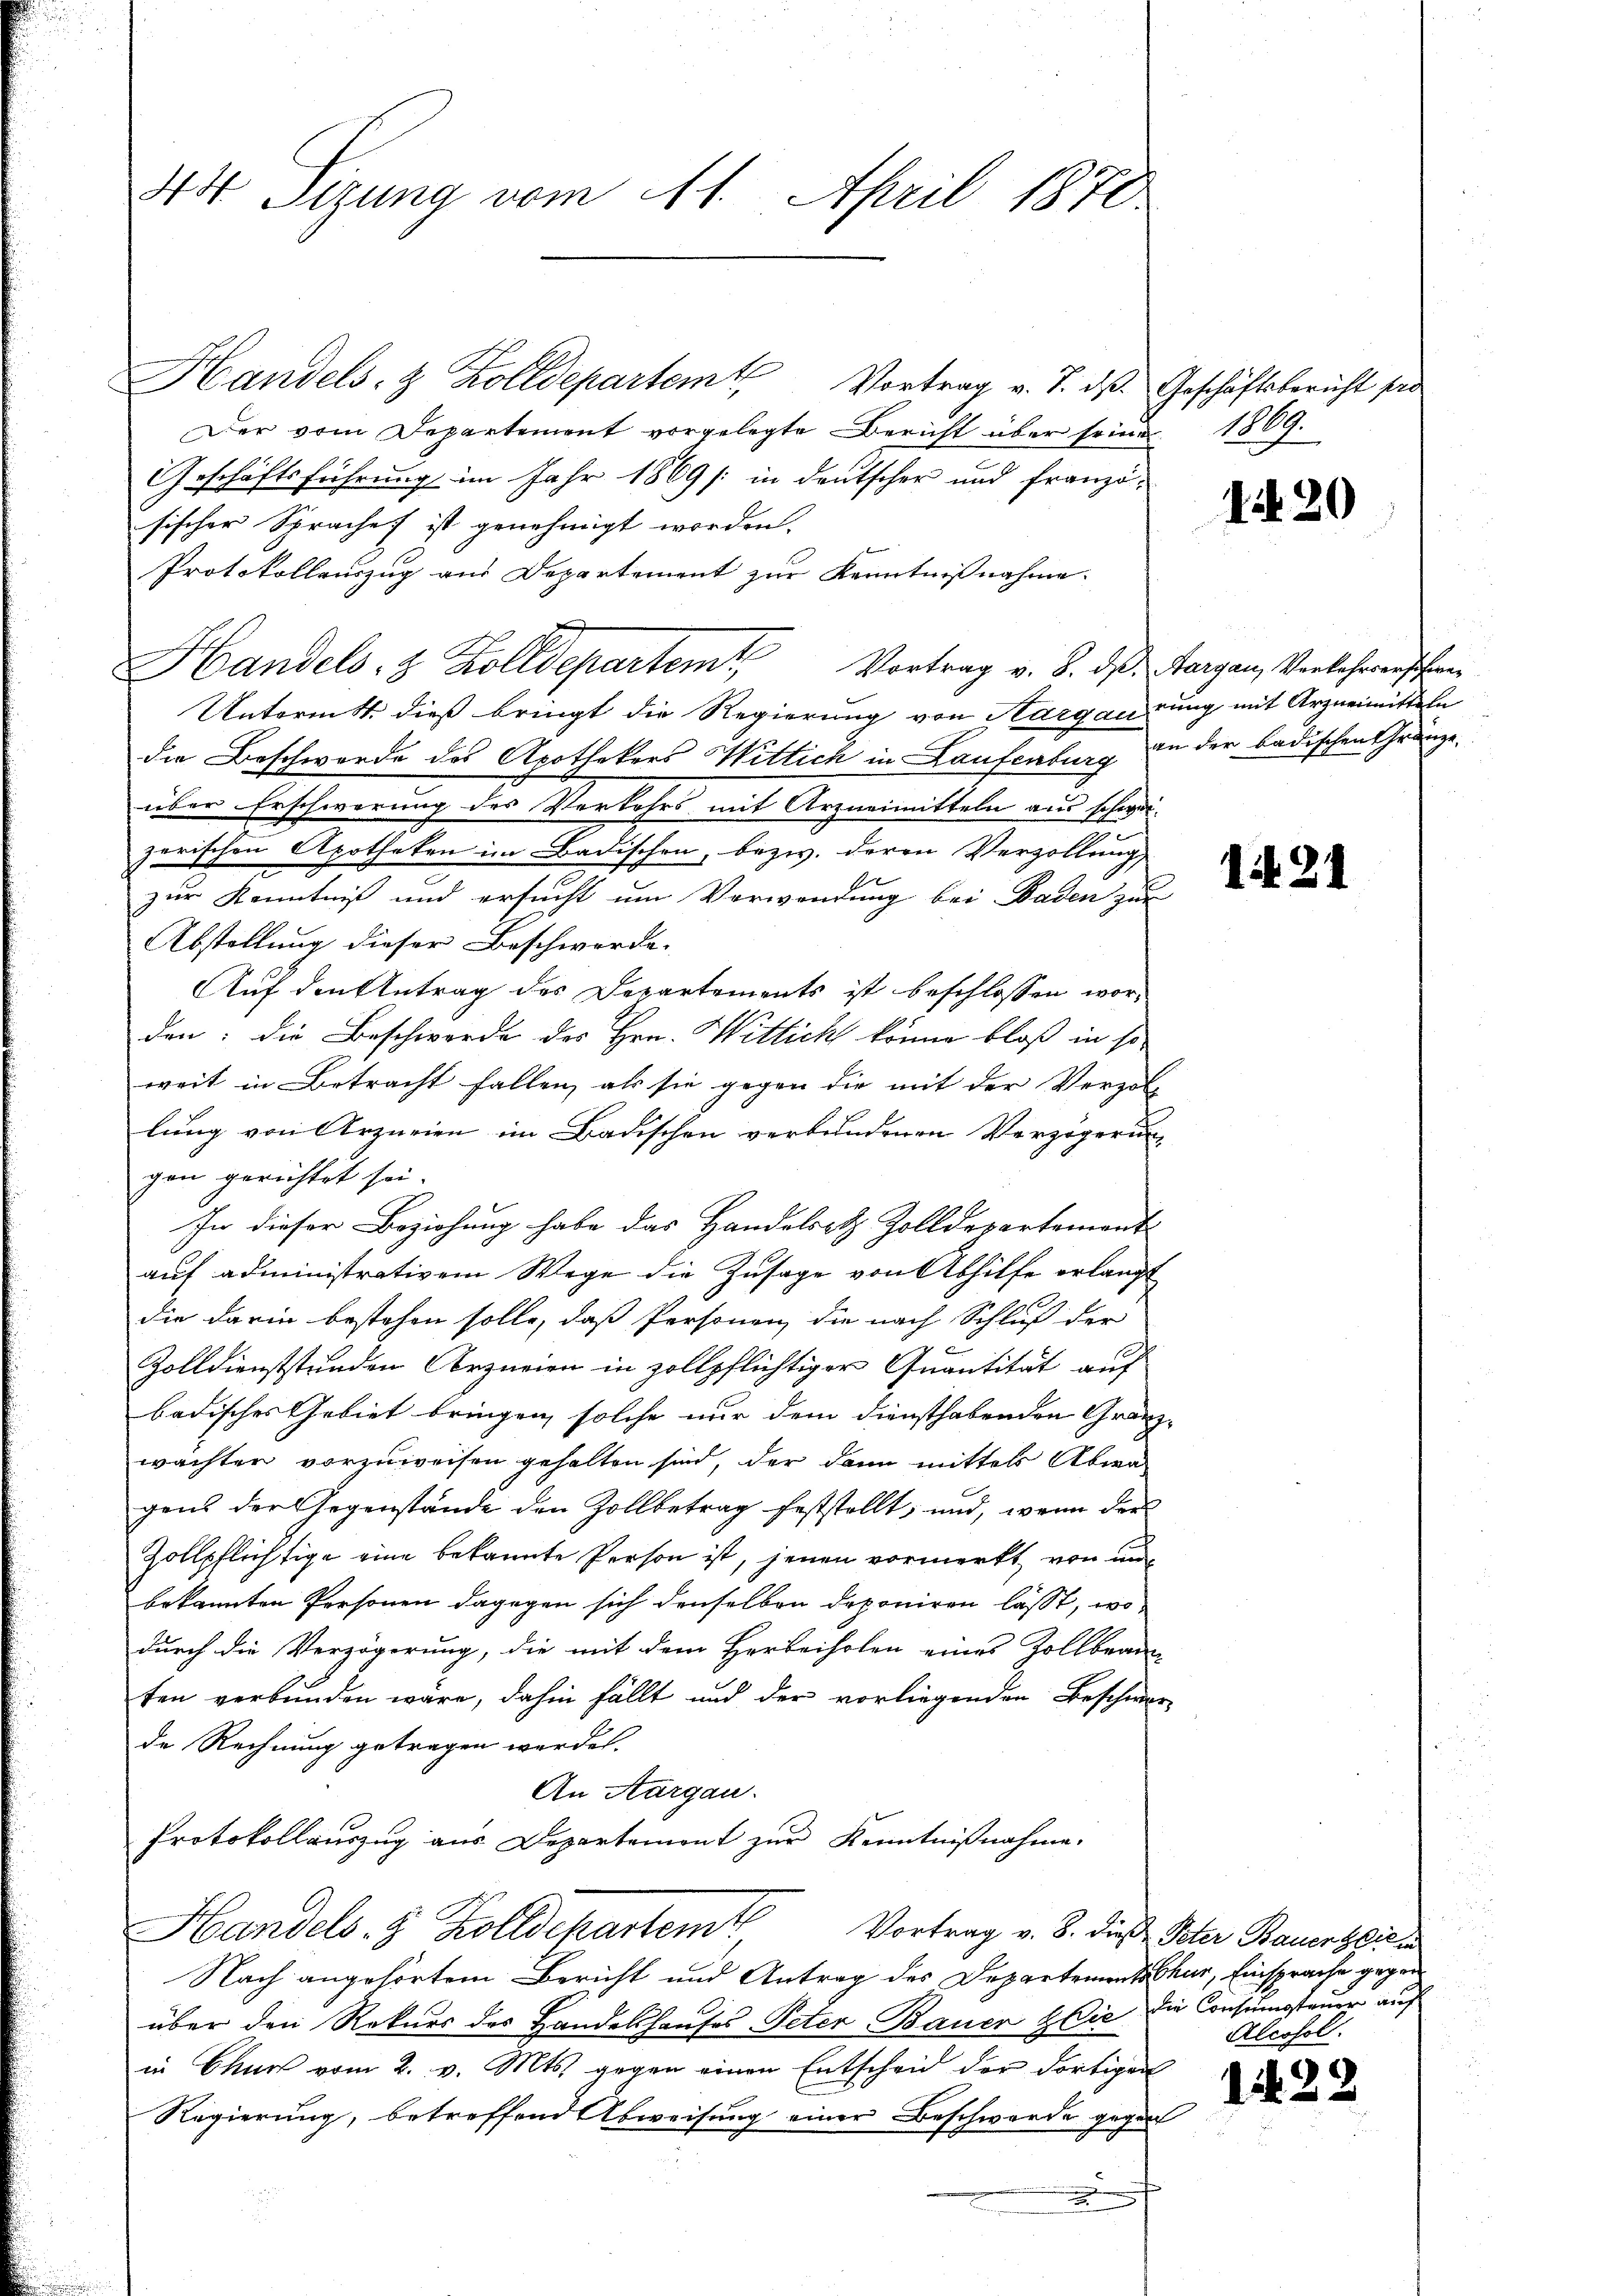
44 Sizung vom 11. April 1870

Handels- & Zolldepartem Vortrag v. J. das Geschäftsbericht pra
Der vom Departement vorgelegte Bericht über seine
Geschäftsführung im Jahr 1869 /: in deutscher und franzö-
sischer Sprachet ist genehmigt worden.
Protokollenzug aus Departement zur Kenntnißnahme.
Handels- & Zolldepartem Vortrag v. 8. ds. Aargau, Verkehrerschre
Untermitt dieß bringt die Regierung von Aargaurung mit Arzneimitteln
die Beschwerde des Apothekers Wittich in Laufenburg an der badischen Gränze.
über Erschwerung des Verkehrs mit Arzneimitteln aus schweizerischen Apotheken im Badischen, bezw. deren Verzollung
zur Kenntniß und ersucht um Verwendung bei Baden zur
Abstellung dieser Beschwerde.
Auf den Antrag des Departements ist beschlossen worden: die Beschwerde des Hrn. Wittich könne bloß in so
weit in Betracht fallen, als sie gegen die mit der Verzol-
lung von Arzneien im Badischen verbundenen Verzögerun
gen gerichtet sei.
In dieser Beziehung habe das Handelst Zolldepartement
auf administrativem Wege die Zusage von Abhilfe erlangt
die darin bestehen solle, daß Personen, die nach Schluß der
Zolldienststunden Cerzurien in zollpflichtiger Quantität auf
badisches Gebiet bringen, solche nur dem diensthabenden Gränzwachten vorzuweisen gehalten sind, der dann mittels Abwa
gens der Gegenstände den Zollbetrag feststellt, und, wenn der
Zollpflichtige eine bekannte Person ist, jenen vormerkt, von un
bekannten Personen dagegen sich denselben deponiren lässt, wodurch die Verzögerung, die mit dem Herbeiholen eines Zollbeam-
ten verbunden wäre, dahin fällt und der vorliegenden Beschwer-
de Rechnung getragen werden.
An Aargau.
Protokollauszug aus Departement zur Kenntnißnahme.
Handels 8 Zolldepartente
Vortrag v. 8. dieß Peter Bauer sie i
Nach angehörtem Bericht und Antrag des Departementschur, Einsprache gegen
über den Rekurs des Handelshauses Peter Bauer die die Consumsteuer auf
in Chur vom 2. v. Mts. gegen einen Entscheid der dortigen
Regierung, betreffend Abweisung einer Beschwerde gegen
.

1889.

1. 20

1427

Alcosol.

122